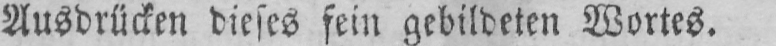
Ausdrücken dieses fein gebildeten Wortes.